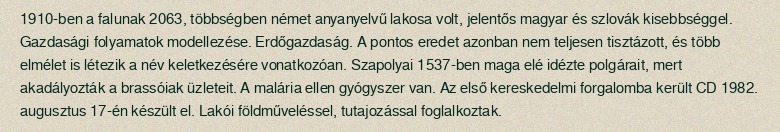
1910-ben a falunak 2063, többségben német anyanyelvű lakosa volt, jelentős magyar és szlovák kisebbséggel. Gazdasági folyamatok modellezése. Erdőgazdaság. A pontos eredet azonban nem teljesen tisztázott, és több elmélet is létezik a név keletkezésére vonatkozóan. Szapolyai 1537-ben maga elé idézte polgárait, mert akadályozták a brassóiak üzleteit. A malária ellen gyógyszer van. Az első kereskedelmi forgalomba került CD 1982. augusztus 17-én készült el. Lakói földműveléssel, tutajozással foglalkoztak.